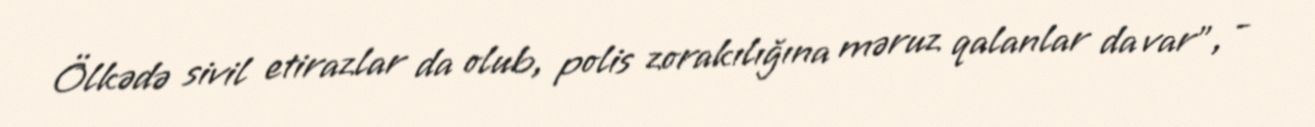
Ölkədə sivil etirazlar da olub, polis zorakılığına məruz qalanlar da var”, -